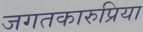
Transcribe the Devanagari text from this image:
जगतकारुप्रिया